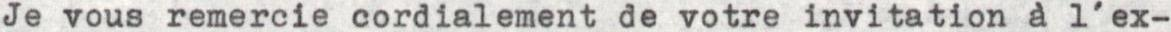
Je vous remercie cordialement de votre invitation à l'ex-